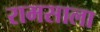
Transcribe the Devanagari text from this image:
रामसाला